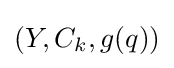
(Y,C_{k},g(q))